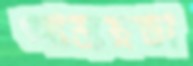
আশ্রয়ডা